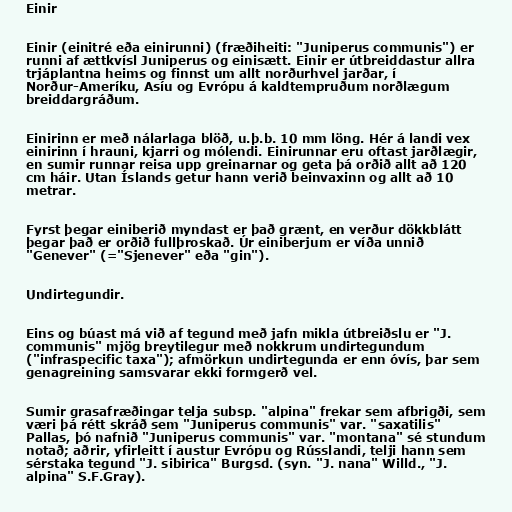
Einir

Einir (einitré eða einirunni) (fræðiheiti: "Juniperus communis") er
runni af ættkvísl Juniperus og einisætt. Einir er útbreiddastur allra
trjáplantna heims og finnst um allt norðurhvel jarðar, í
Norður-Ameríku, Asíu og Evrópu á kaldtempruðum norðlægum
breiddargráðum.

Einirinn er með nálarlaga blöð, u.þ.b. 10 mm löng. Hér á landi vex
einirinn í hrauni, kjarri og mólendi. Einirunnar eru oftast jarðlægir,
en sumir runnar reisa upp greinarnar og geta þá orðið allt að 120
cm háir. Utan Íslands getur hann verið beinvaxinn og allt að 10
metrar.

Fyrst þegar einiberið myndast er það grænt, en verður dökkblátt
þegar það er orðið fullþroskað. Úr einiberjum er víða unnið
"Genever" (="Sjenever" eða "gin").

Undirtegundir.

Eins og búast má við af tegund með jafn mikla útbreiðslu er "J.
communis" mjög breytilegur með nokkrum undirtegundum
("infraspecific taxa"); afmörkun undirtegunda er enn óvís, þar sem
genagreining samsvarar ekki formgerð vel.

Sumir grasafræðingar telja subsp. "alpina" frekar sem afbrigði, sem
væri þá rétt skráð sem "Juniperus communis" var. "saxatilis"
Pallas, þó nafnið "Juniperus communis" var. "montana" sé stundum
notað; aðrir, yfirleitt í austur Evrópu og Rússlandi, telji hann sem
sérstaka tegund "J. sibirica" Burgsd. (syn. "J. nana" Willd., "J.
alpina" S.F.Gray).